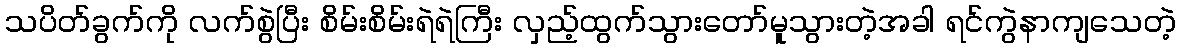
သပိတ်ခွက်ကို လက်စွဲပြီး စိမ်းစိမ်းရဲရဲကြီး လှည့်ထွက်သွားတော်မူသွားတဲ့အခါ ရင်ကွဲနာကျသေတဲ့